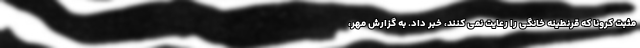
مثبت کرونا که قرنطینه خانگی را رعایت نمی کنند، خبر داد. به گزارش مهر،